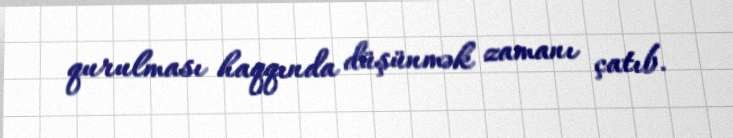
qurulması haqqında düşünmək zamanı çatıb.